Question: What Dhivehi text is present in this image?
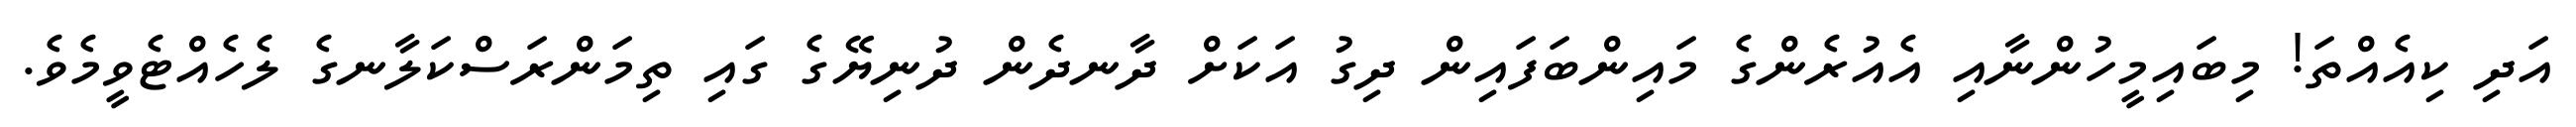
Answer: އަދި ކިއެއްތަ! މިބައިމީހުންނާއި އެއުރެންގެ މައިންބަފައިން ދިގު އަކަށް ދާނދެން ދުނިޔޭގެ ގައި ތިމަންރަސްކަލާނގެ ލެހެއްޓެވީމެވެ.